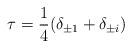
LaTeX: \begin{align*}\tau = \frac{1}{4}(\delta_{\pm 1}+\delta_{\pm i})\end{align*}